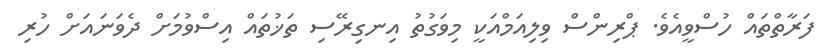
ފަރާތްތައް ހުސްވީއެވެ. ޕްރިންސް ވިލިއަމްއަކީ މިވަގުތު އިނގިރޭސި ތަޚުތައް އިސްވުމަށް ދެވަނައަށް ހުރި